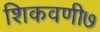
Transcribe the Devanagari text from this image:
शिकवणी७